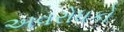
અવરોધકો